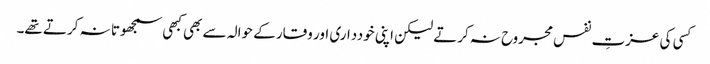
کسی کی عزتِ نفس مجروح نہ کرتے لیکن اپنی خودداری اور وقار کے حوالہ سے بھی کبھی سمجھوتا نہ کرتے تھے۔